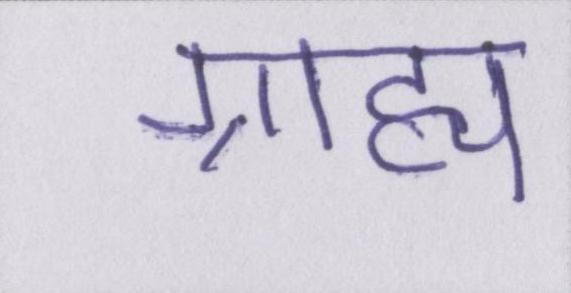
ग्राह्य